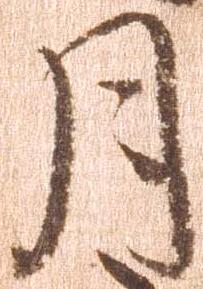
月